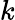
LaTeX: k